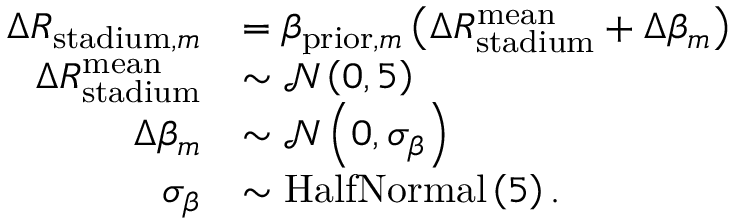
\begin{array} { r l } { \Delta R _ { \mathrm { s t a d i u m } , m } } & { = \beta _ { \mathrm { p r i o r } , m } \left( \Delta R _ { \mathrm { s t a d i u m } } ^ { \mathrm { m e a n } } + \Delta \beta _ { m } \right) } \\ { \Delta R _ { \mathrm { s t a d i u m } } ^ { \mathrm { m e a n } } } & { \sim \mathcal { N } \left( 0 , 5 \right) } \\ { \Delta \beta _ { m } } & { \sim \mathcal { N } \left( 0 , \sigma _ { \beta } \right) } \\ { \sigma _ { \beta } } & { \sim \mathrm { H a l f N o r m a l } \left( 5 \right) . } \end{array}